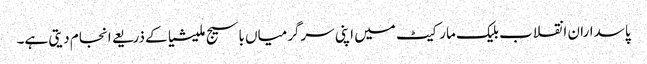
پاسداران انقلاب بلیک مارکیٹ میں اپنی سرگرمیاں باسیج ملیشیا کے ذریعے انجام دیتی ہے۔